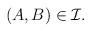
LaTeX: \begin{align*}(A,B)\in \mathcal{I}.\end{align*}